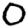
Digit: 0